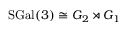
\mathrm { S G a l } ( 3 ) \cong G _ { 2 } \rtimes G _ { 1 }